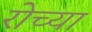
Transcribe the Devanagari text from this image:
रोच्या